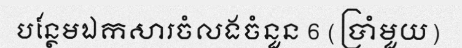
បន្ថែមឯកសារចំលងចំនួន 6 (ប្រាំមួយ)